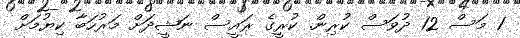
1 މަސް 12 ދުވަސް ކުރިން. ކުރީގެ ރައީސް ނަޝީދަށް މަރުހަބާ ކިޔުމަށް